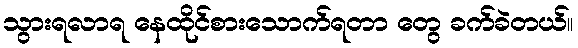
သွားရလာရ နေထိုင်စားသောက်ရတာ တွေ ခက်ခဲတယ်။